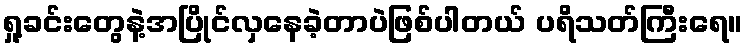
ရှု့ခင်းတွေနဲ့အပြိုင်လှနေခဲ့တာပဲဖြစ်ပါတယ် ပရိသတ်ကြီးရေ။